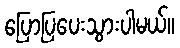
ပြောပြပေးသွားပါမယ်။